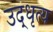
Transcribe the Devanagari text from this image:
उद्धृत्य